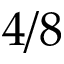
4 / 8